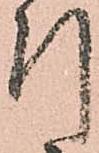
引